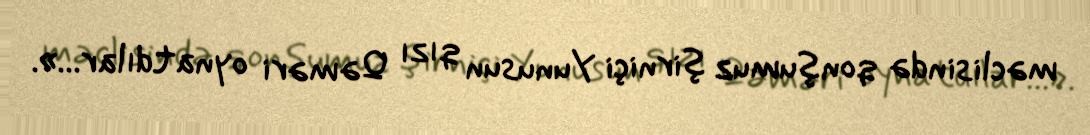
məclisində qonşumuz şirniçi Yunusun qızı Qəməri oynatdılar...».